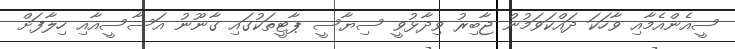
ސީއެންއެމާއި ވާހަކަ ދައްކަވަމުން ޖާބިރު ވިދާޅުވީ ސިޔާސީ ޕާޓީތަކުގައި ގާނޫނު އަސާސީއާއި ހިލާފަށް